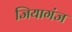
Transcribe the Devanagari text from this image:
जियागंज